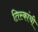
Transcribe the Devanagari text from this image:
तिस्कांची